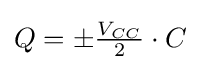
{\textstyle Q=\pm {V_{CC} \over 2}\cdot C}